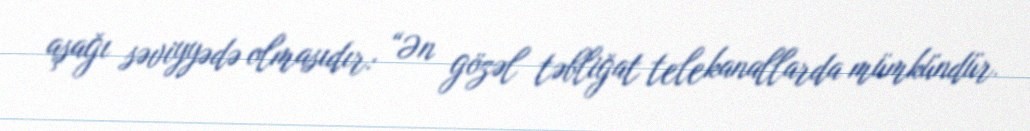
aşağı səviyyədə olmasıdır: “Ən gözəl təbliğat telekanallarda mümkündür.